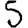
Digit: 5